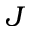
J